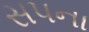
સપના